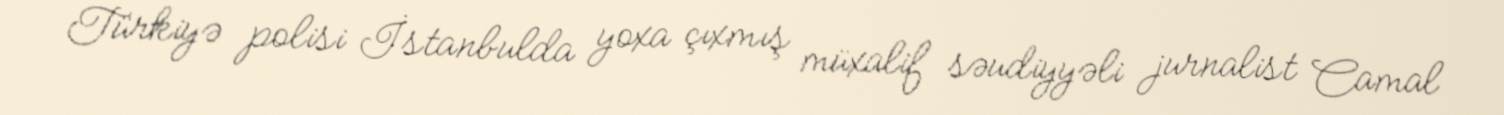
Türkiyə polisi İstanbulda yoxa çıxmış müxalif səudiyyəli jurnalist Camal